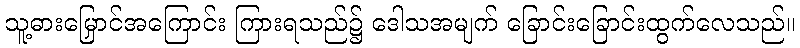
သူ့ဓားမြှောင်အကြောင်း ကြားရသည်၌ ဒေါသအမျက် ခြောင်းခြောင်းထွက်လေသည်။